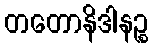
တတောနိဒါနဉ္စ